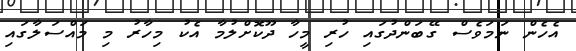
އެހެން ނަމަވެސް ގޭބަންދުގައި ހުރި މީހާ ދޫކޮށްލުމާ އެކު މިހާރު މި މައްސަލާގައި